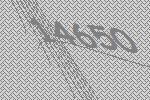
14650